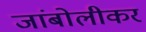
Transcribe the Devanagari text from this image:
जांबोलीकर